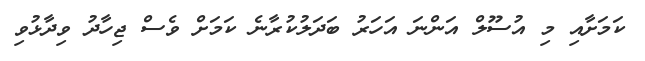
ކަމަށާއި މި އުސޫލް އަންނަ އަހަރު ބަދަލުކުރާނެ ކަމަށް ވެސް ޖިހާދު ވިދާޅުވި